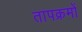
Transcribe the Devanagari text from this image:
तापक्रमों